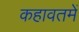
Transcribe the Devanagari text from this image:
कहावतमें